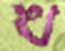
খ